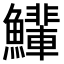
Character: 𫚄